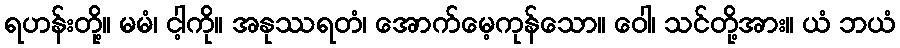
ရဟန်းတို့။ မမံ၊ ငါ့ကို။ အနုဿရတံ၊ အောက်မေ့ကုန်သော။ ဝေါ၊ သင်တို့အား။ ယံ ဘယံ